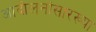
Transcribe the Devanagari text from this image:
आंदोलनांसारख्या